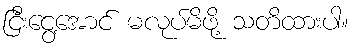
ငြီးငွေ့အောင် မလုပ်မိဖို့ သတိထားပါ။